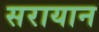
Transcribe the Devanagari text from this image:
सरायान